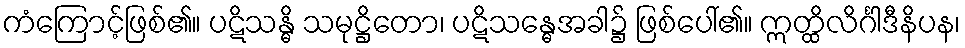
ကံကြောင့်ဖြစ်၏။ ပဋိသန္ဓိ သမုဋ္ဌိတော၊ ပဋိသန္ဓေအခါ၌ ဖြစ်ပေါ်၏။ ဣတ္ထိလိင်္ဂါဒီနိပန၊